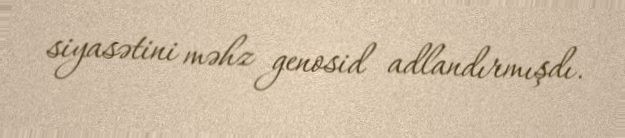
siyasətini məhz genosid adlandırmışdı.